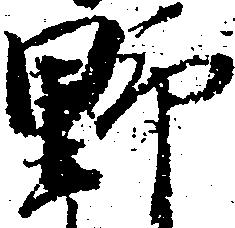
野